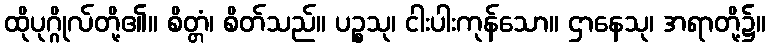
ထိုပုဂ္ဂိုလ်တို့၏။ စိတ္တံ၊ စိတ်သည်။ ပဉ္စသု၊ ငါးပါးကုန်သော။ ဌာနေသု၊ အရာတို့၌။